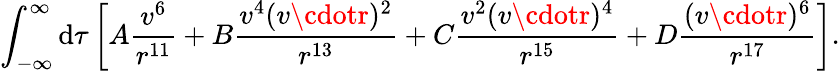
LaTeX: \int_{-\infty}^{\infty}\mathrm{d}\tau\left[A\frac{{v^{6}}}{{r^{11}}}+B\frac{{v^{4}(v\cdotr)^{2}}}{{r^{13}}}+C\frac{{v^{2}(v\cdotr)^{4}}}{{r^{15}}}+D\frac{{(v\cdotr)^{6}}}{{r^{17}}}\right].